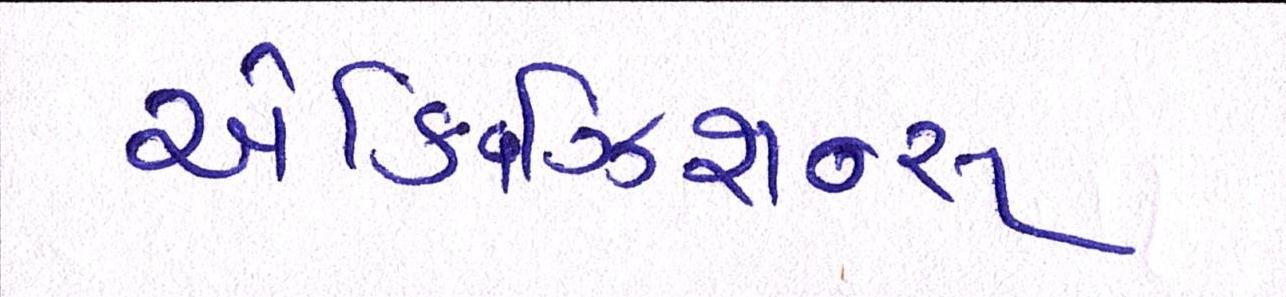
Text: એક્વિઝિશન્સ